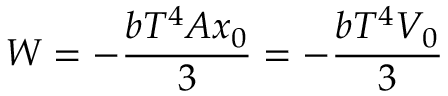
W = - { \frac { b T ^ { 4 } A x _ { 0 } } { 3 } } = - { \frac { b T ^ { 4 } V _ { 0 } } { 3 } }